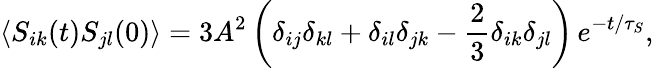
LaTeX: \langle S_{ik}(t)S_{jl}(0)\rangle=3A^{2}\left(\delta_{ij}\delta_{kl}+\delta_{il}\delta_{jk}-\frac{2}{3}\delta_{ik}\delta_{jl}\right)\, e^{-t/\tau_{S}},